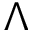
\Lambda